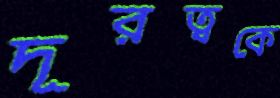
দূরত্বকে